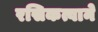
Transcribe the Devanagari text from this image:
रसिकत्वाने